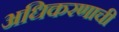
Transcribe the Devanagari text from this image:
अधिकरणाची